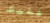
عليك